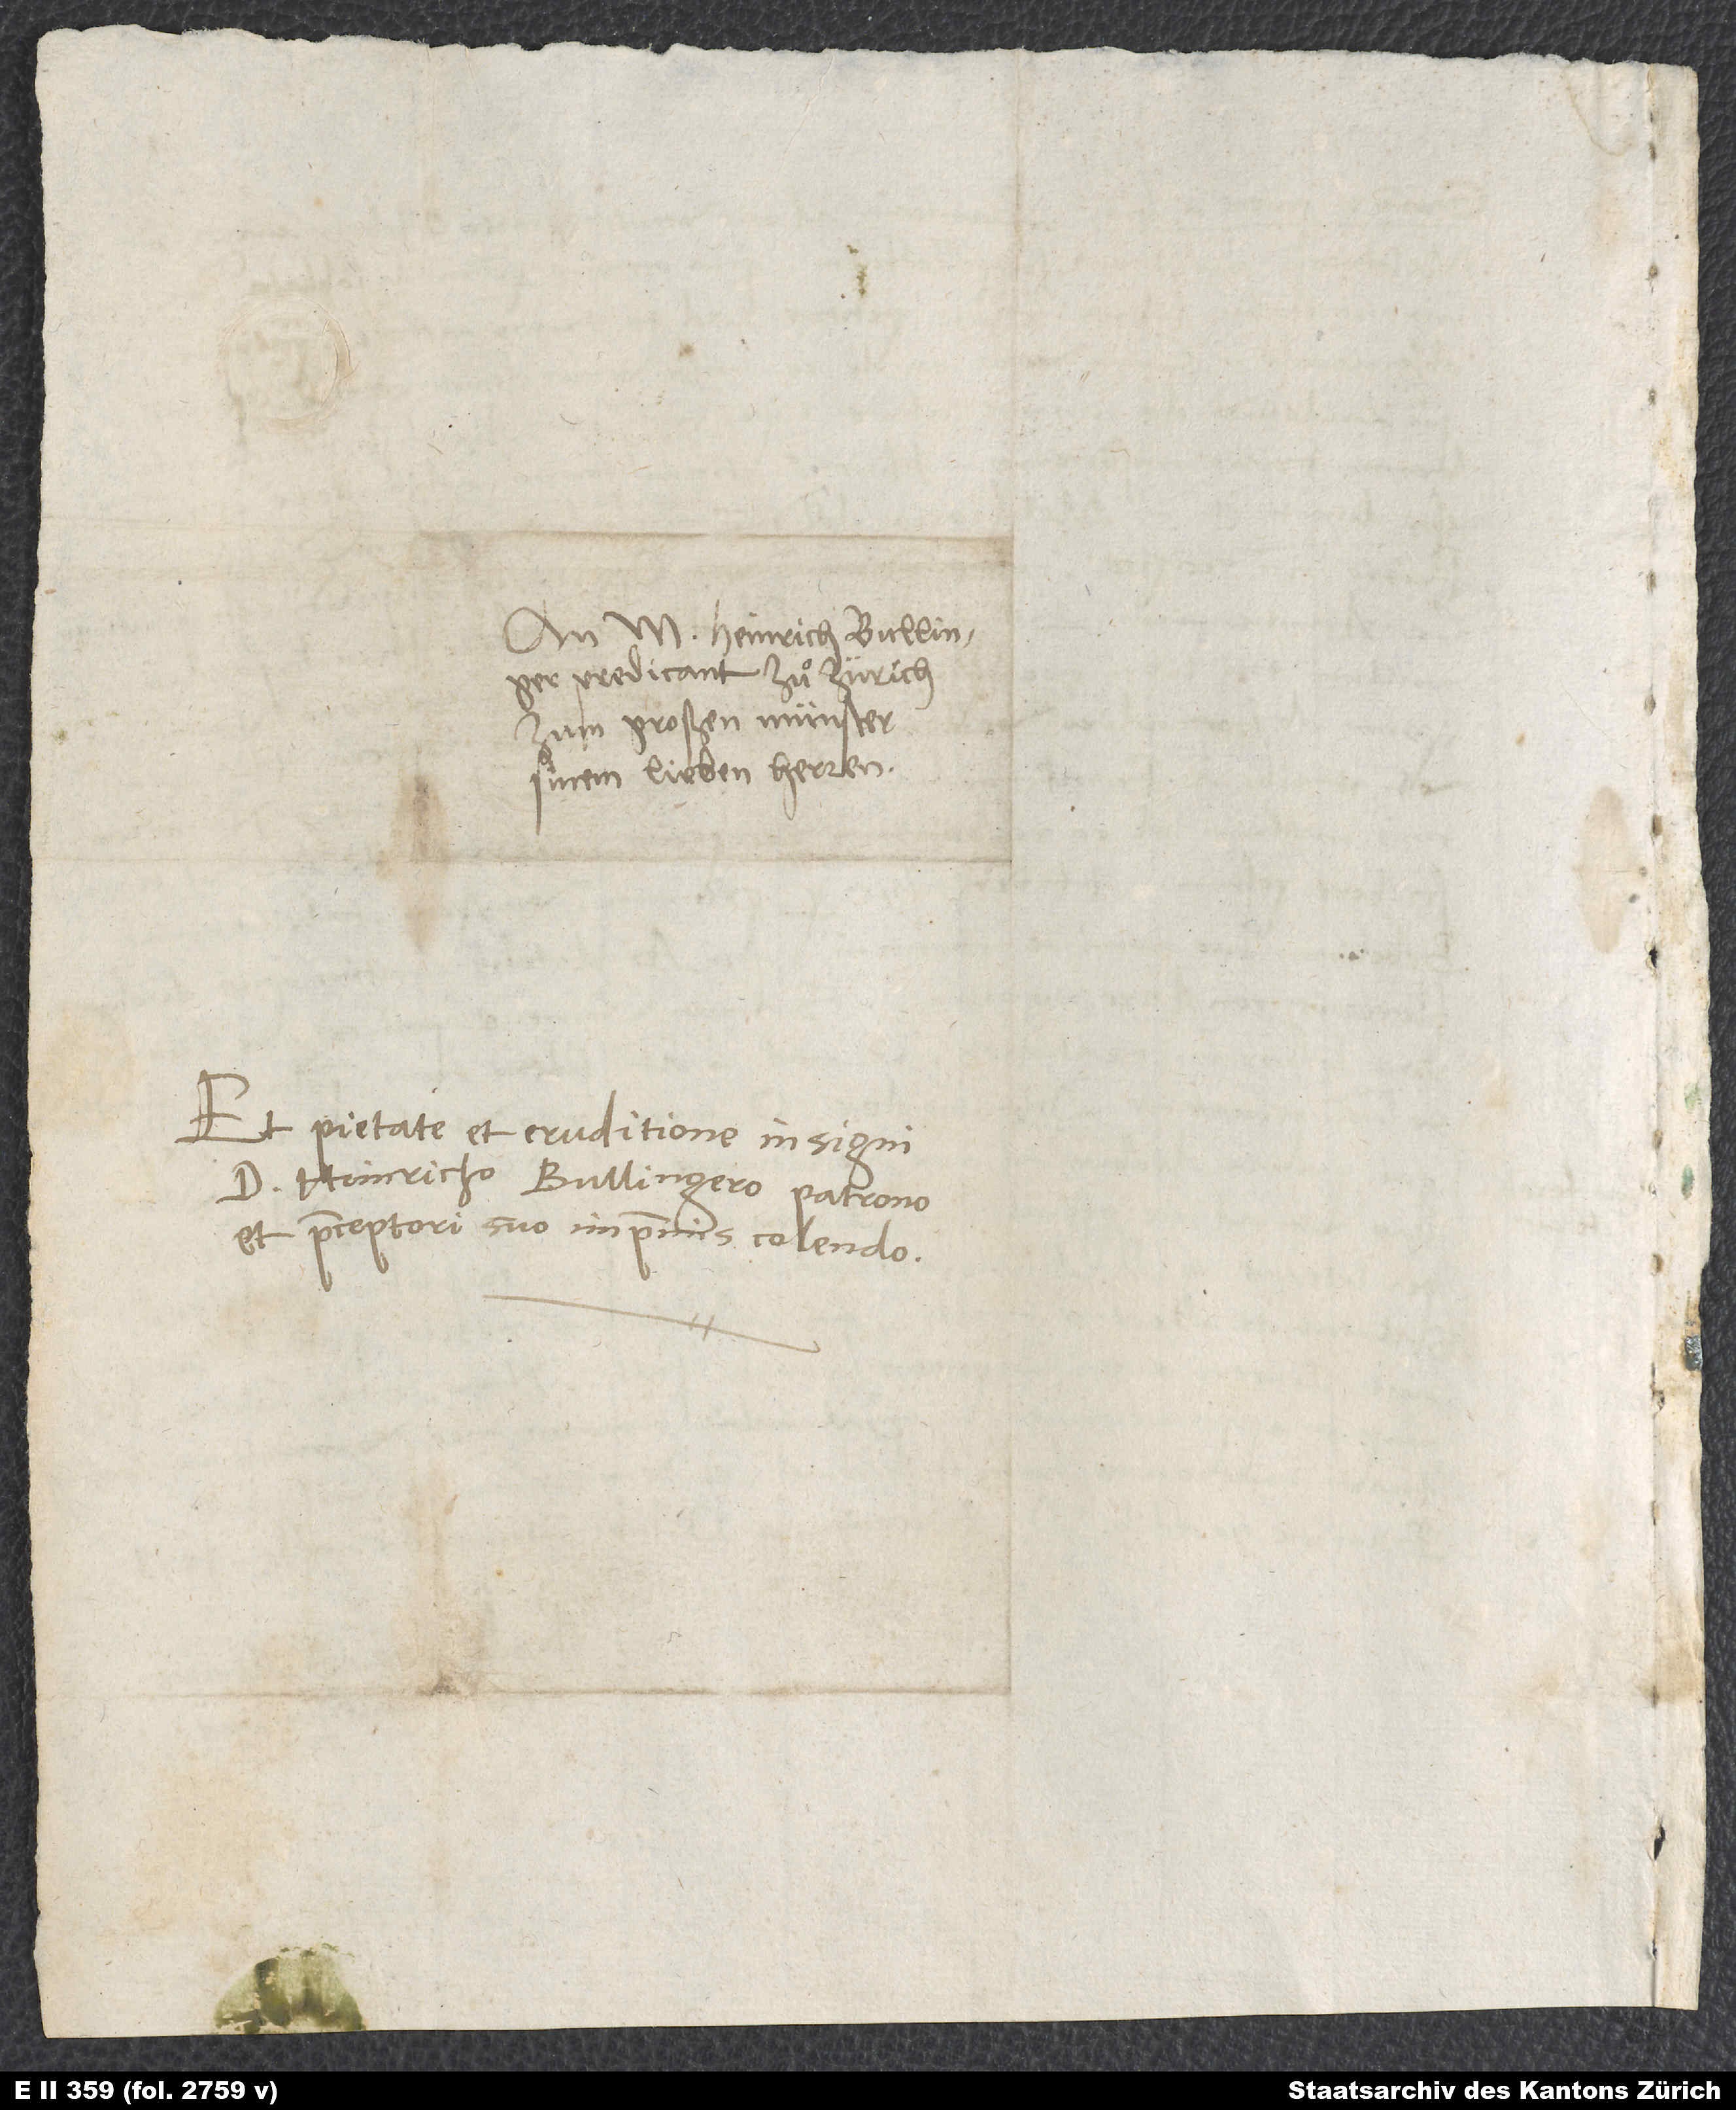
An M. Heinrich Bullinger,
predicant zuͦ Zürich
zum großen münster,
sinem lieben herren.
Et pietate et eruditione insigni
d. Heinricho Bullingero, patrono
et praeceptori suo imprimis colendo.